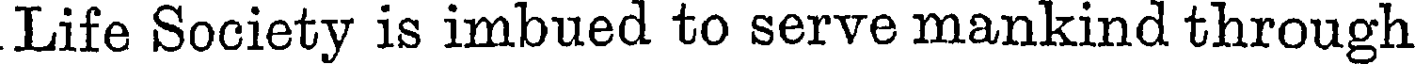
Life Society is imbued to serve mankind through